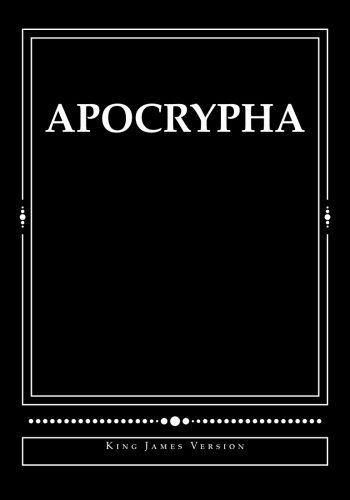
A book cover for Apocrypha: King James Version; Derek A. Shaver; Christian Books & Bibles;